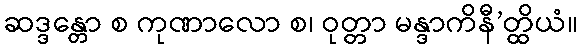
ဆဒ္ဒန္တော စ ကုဏာလော စ၊ ဝုတ္တာ မန္ဒာကိနီ’တ္ထိယံ။